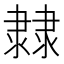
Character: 𨽼